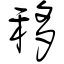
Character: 移